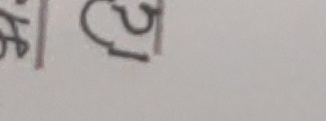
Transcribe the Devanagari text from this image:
त्य